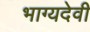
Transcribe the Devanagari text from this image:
भाग्यदेवी